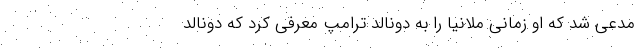
مدعی شد که او زمانی ملانیا را به دونالد ترامپ معرفی کرد که دونالد